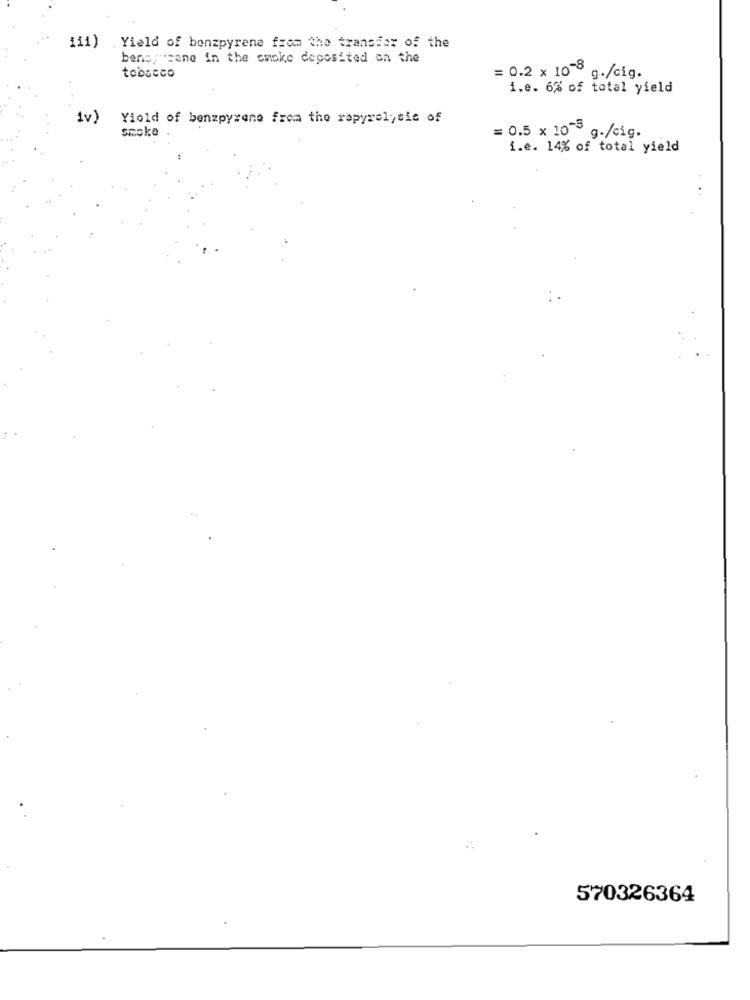
111) .Yield of benzpyrene from the transfer of the
bene cane in the smoke deposited on the
tobacco
= 0.2 × 10-8
0 g./cig.
1.e. 6% of total yield
iv)
Yiold of benzpyrene from the rapyrelytic of
smoke
= 0.5 x 100 g./cig.
i.e. 14% of total yield
570326364